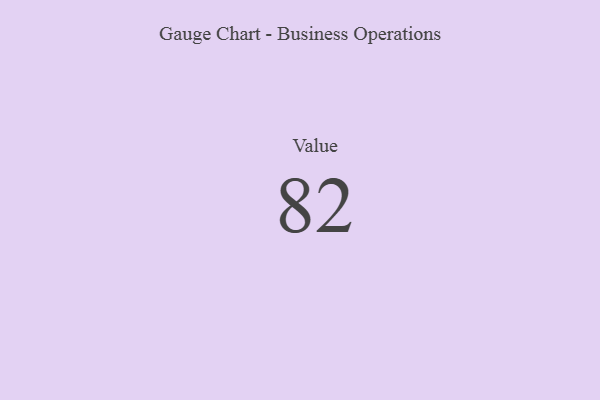
{"axis": {"x": "Metric", "y": "Value"}, "legend": [""], "data": [{"x": "Value", "y": 82, "type": ""}]}